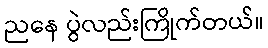
ညနေ ပွဲလည်းကြိုက်တယ်။